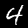
Label: 4